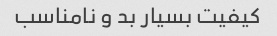
کیفیت بسیار بد و نامناسب